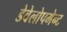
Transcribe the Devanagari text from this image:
डेवेलोपमेन्ट